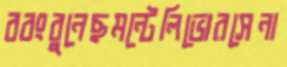
ববংবুনেছমন্টেলিভোরসেনা